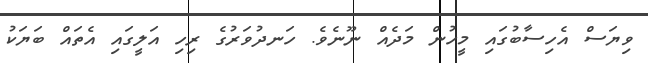
ވިޔަސް އެހިސާބުގައި މީހުން މަދެއް ނޫނެވެ. ހަނދުވަރުގެ ރިހި އަލީގައި އެތައް ބަޔަކު